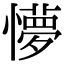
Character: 懜